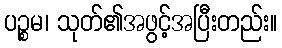
ပဉ္စမ၊ သုတ်၏အဖွင့်အပြီးတည်း။